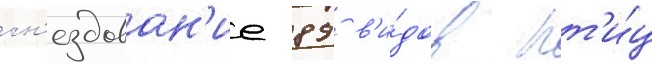
гн'ездован'ие 89 в'и́дов пт'и́ц